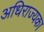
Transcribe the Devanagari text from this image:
अधिराज्यका